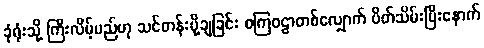
ခုံရုံးသို့ ကြီးလိမ့်မည်ဟု သင်တန်းပို့ချခြင်း စကြဝဠာတစ်လျှောက် ပိတ်သိမ်းပြီးနောက်